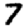
Digit: 7